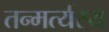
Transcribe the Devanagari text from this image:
तन्मर्त्यस्य